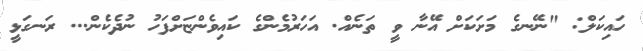
ހައިކަލް: "ނޭނގެ މަށަކަށް އޭނާ ވީ ތަނެއް. އަހަރުމެންގެ ކައިވެންޏަށްފަހު ނުދެކެން... ރަނގަޅީ